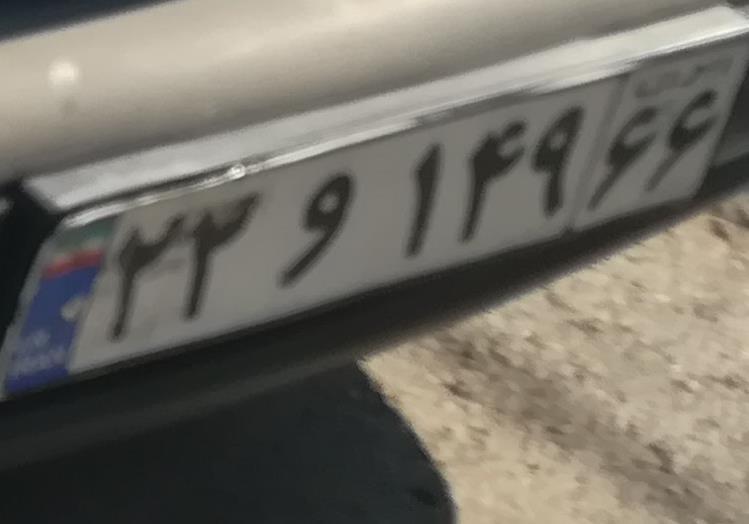
۲۲و۱۴۹۶۶